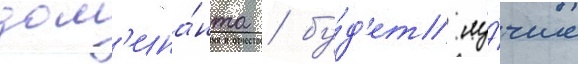
дом'ина́нта / бу́д'ет лу́чше